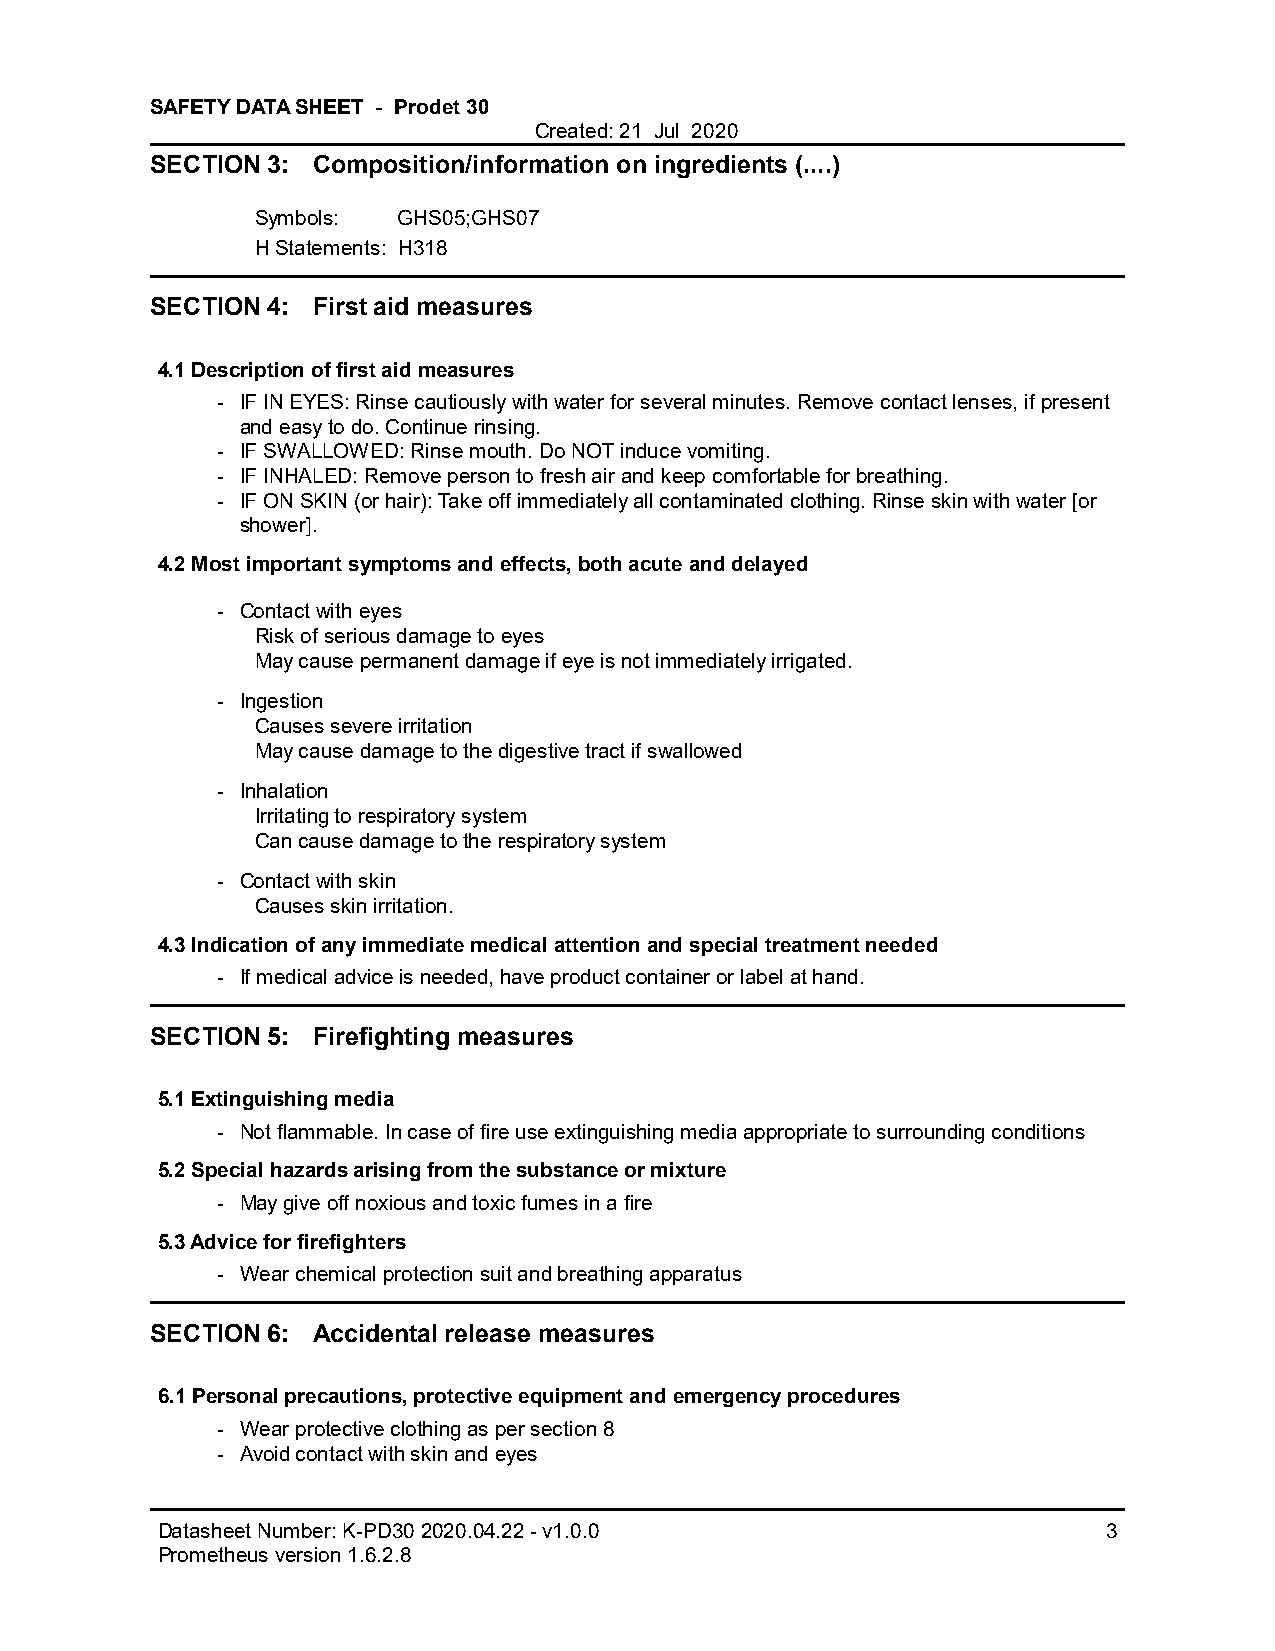
SAFETY DATA SHEET - Prodet 30
 Created: 21 Jul 2020
 SECTION 3: Composition/information on ingredients (....)
 Symbols: GHS05;GHS07
 H Statements: H318
 SECTION 4: First aid measures
 4.1 Description of first aid measures
 - IF IN EYES: Rinse cautiously with water for several minutes. Remove contact lenses, if present
 and easy to do. Continue rinsing.
 - IF SWALLOWED: Rinse mouth. Do NOT induce vomiting.
 - IF INHALED: Remove person to fresh air and keep comfortable for breathing.
 - IF ON SKIN (or hair): Take off immediately all contaminated clothing. Rinse skin with water [or
 shower].
 4.2 Most important symptoms and effects, both acute and delayed
 - Contact with eyes
 Risk of serious damage to eyes
 May cause permanent damage if eye is not immediately irrigated.
 - Ingestion
 Causes severe irritation
 May cause damage to the digestive tract if swallowed
 - Inhalation
 Irritating to respiratory system
 Can cause damage to the respiratory system
 - Contact with skin
 Causes skin irritation.
 4.3 Indication of any immediate medical attention and special treatment needed
 - If medical advice is needed, have product container or label at hand.
 SECTION 5: Firefighting measures
 5.1 Extinguishing media
 - Not flammable. In case of fire use extinguishing media appropriate to surrounding conditions
 5.2 Special hazards arising from the substance or mixture
 - May give off noxious and toxic fumes in a fire
 5.3 Advice for firefighters
 - Wear chemical protection suit and breathing apparatus
 SECTION 6: Accidental release measures
 6.1 Personal precautions, protective equipment and emergency procedures
 - Wear protective clothing as per section 8
 - Avoid contact with skin and eyes
 Datasheet Number: K-PD30 2020.04.22 - v1.0.0                   3
 Prometheus version 1.6.2.8